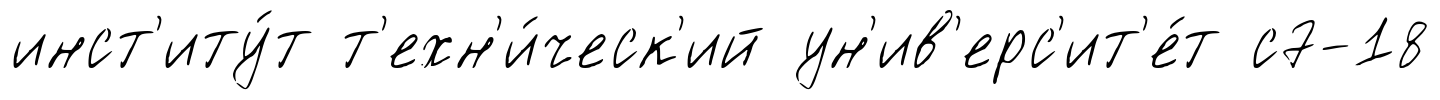
инст'иту́т т'ехн'и́ческ'ий ун'ив'ерс'ит'е́т с7-18